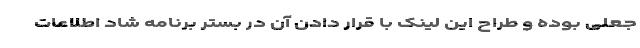
جعلی بوده و طراح این لینک با قرار دادن آن در بستر برنامه شاد اطلاعات